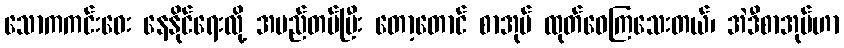
သောကကင်းဝေး နေနိုင်ရေးလို့ အမည်တပ်ပြီး တော့တောင် စာအုပ် ထုတ်ဝေကြသေးတယ်၊ အဲဒီစာအုပ်ဟာ